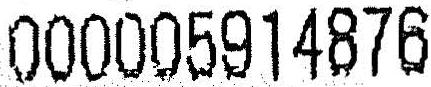
000005914876